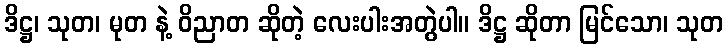
ဒိဋ္ဌ၊ သုတ၊ မုတ နဲ့ ဝိညာတ ဆိုတဲ့ လေးပါးအတွဲပါ။ ဒိဋ္ဌ ဆိုတာ မြင်သော၊ သုတ